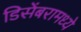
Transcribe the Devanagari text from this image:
डिसेंबरामध्ये